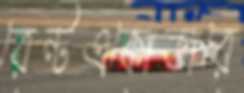
রেন্টএকোডারে